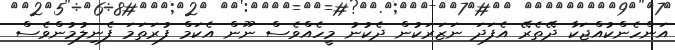
އަންހެންކުއްޖަކާ ދޭތެރޭ އެފަދަ ނަޒަރަކުން ދެކުނު މީހެއްވެސް ނޫން އެކަމް ފުރަތަމަ ފެނިލުމުންވެސް